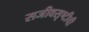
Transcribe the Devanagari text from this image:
सजीवसृष्टीची